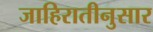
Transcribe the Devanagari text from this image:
जाहिरातीनुसार